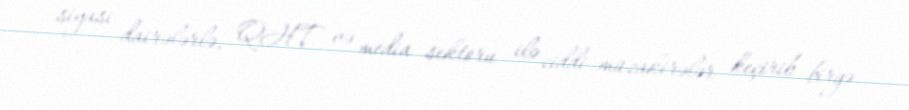
siyasi dairələrlə, QHT və media sektoru ilə ciddi müzakirələr keçirib birgə